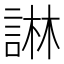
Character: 諃